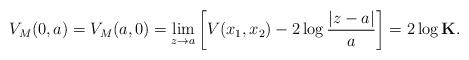
LaTeX: \begin{align*}V_{M}(0,a)=V_{M}(a,0)=\underset{ z \rightarrow a}{\lim}\left[ V(x_{1},x_{2})-2\log \dfrac{\left| z-a\right|}{a}\right] =2\log \mathbf{K} .\end{align*}